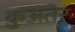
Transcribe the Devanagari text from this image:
क़ुअतेर्